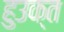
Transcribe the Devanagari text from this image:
हुउक्त